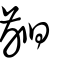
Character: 齨